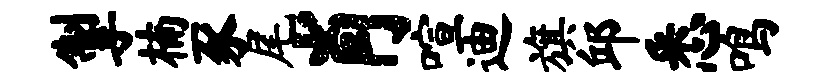
掣楠豕尾肖喧迪旗邱悉鸣